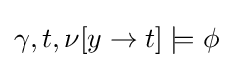
\gamma ,t,\nu [y\to t]\models \phi